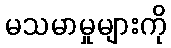
မသမာမှုများကို